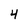
Character: 4